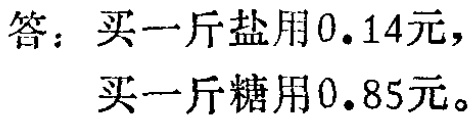
答：买一斤盐用\(0.14\)元，
买一斤糖用\(0.85\)元。